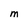
Character: M